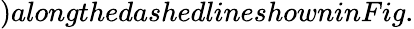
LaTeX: )alongthedashedlineshowninFig.